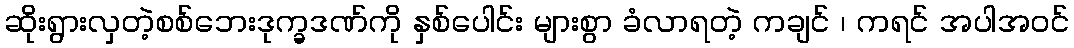
ဆိုးရွားလှတဲ့စစ်ဘေးဒုက္ခဒဏ်ကို နှစ်ပေါင်း များစွာ ခံလာရတဲ့ ကချင် ၊ ကရင် အပါအဝင်